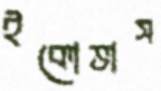
ইকোভাস